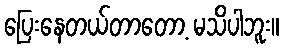
ပြေးနေတယ်တာတော့ မသိပါဘူး။